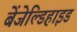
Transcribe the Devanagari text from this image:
बेंजेल्डिहाइड